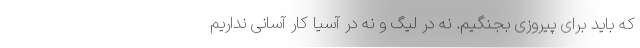
که باید برای پیروزی بجنگیم. نه در لیگ و نه در آسیا کار آسانی نداریم